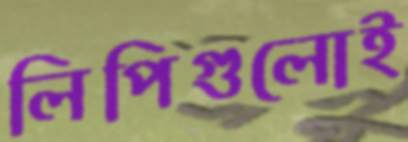
লিপিগুলোই